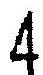
4